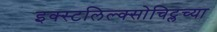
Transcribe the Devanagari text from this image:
इक्स्टलिल्क्सोचिट्लच्या